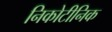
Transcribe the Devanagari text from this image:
निकोटीनिक